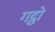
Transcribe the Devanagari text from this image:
गट्ठो